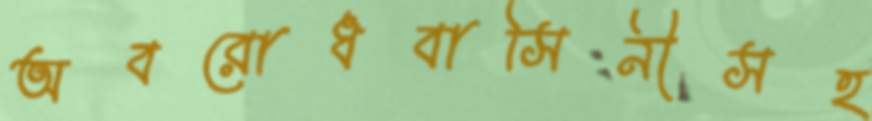
অবরোধবাসিনীসহ